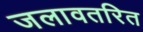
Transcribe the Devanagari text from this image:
जलावतरित